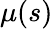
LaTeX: \mu(s)